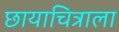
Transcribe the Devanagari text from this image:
छायाचित्राला